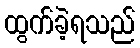
ထွက်ခဲ့ရသည်